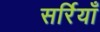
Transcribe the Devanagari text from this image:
सर्रियाँ